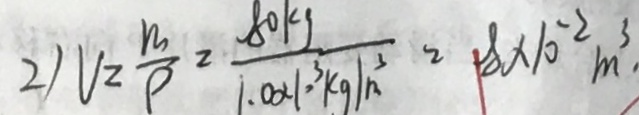
2 ) V _ { 2 } = \frac { m } { \rho } = \frac { 8 0 k g } { 1 . 0 2 1 \cdot ^ { 3 } k g / m ^ { 3 } } = 8 \times 1 0 ^ { - 2 } m ^ { 3 } ,